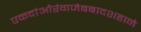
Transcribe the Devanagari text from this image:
एकदांऔरंगजेबबादशहाने